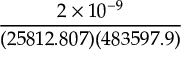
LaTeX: \frac { 2 \times 1 0 ^ { - 9 } } { ( 2 5 8 1 2 . 8 0 7 ) ( 4 8 3 5 9 7 . 9 ) }